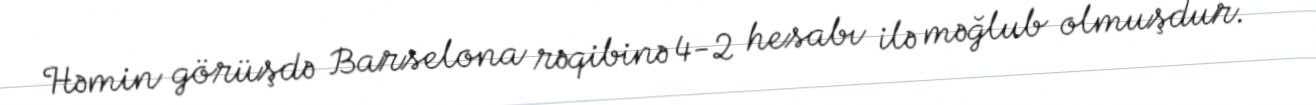
Həmin görüşdə Barselona rəqibinə 4-2 hesabı ilə məğlub olmuşdur.